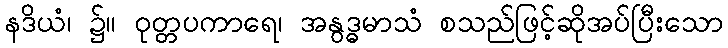
နဒိယံ၊ ၌။ ဝုတ္တပကာရေ၊ အနွဒ္ဓမာသံ စသည်ဖြင့်ဆိုအပ်ပြီးသော